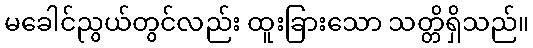
မခေါင်ညွယ်တွင်လည်း ထူးခြားသော သတ္တိရှိသည်။